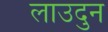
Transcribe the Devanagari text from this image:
लाउदुन